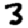
Digit: 3